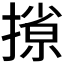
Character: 𫽽